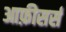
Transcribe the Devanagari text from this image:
आफ़ीसर्स